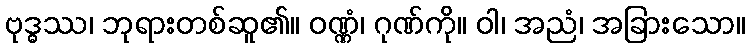
ဗုဒ္ဓဿ၊ ဘုရားတစ်ဆူ၏။ ဝဏ္ဏံ၊ ဂုဏ်ကို။ ဝါ၊ အညံ၊ အခြားသော။